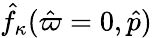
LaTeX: \hat{f}_{\kappa}(\hat{\varpi}=0,\hat{p})